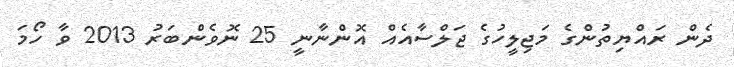
ދެން ރައްޔިތުންގެ މަޖިލީހުގެ ޖަލްސާއެއް އޮންނާނީ 25 ނޮވެންބަރު 2013 ވާ ހޯމަ